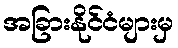
အခြားနိုင်ငံများမှ